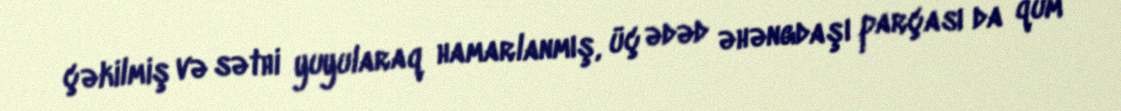
çəkilmiş və səthi yuyularaq hamarlanmış, üç ədəd əhəngdaşı parçası da qum